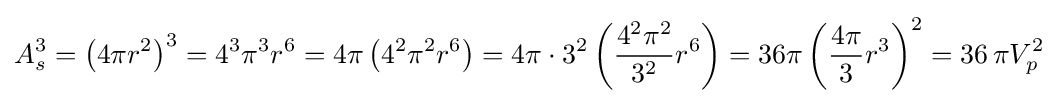
A_{s}^{3}=\left(4\pi r^{2}\right)^{3}=4^{3}\pi ^{3}r^{6}=4\pi \left(4^{2}\pi ^{2}r^{6}\right)=4\pi \cdot 3^{2}\left({\frac {4^{2}\pi ^{2}}{3^{2}}}r^{6}\right)=36\pi \left({\frac {4\pi }{3}}r^{3}\right)^{2}=36\,\pi V_{p}^{2}